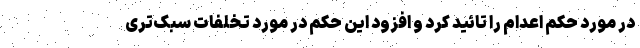
در مورد حکم اعدام را تائید کرد و افزود این حکم در مورد تخلفات سبک‌تری